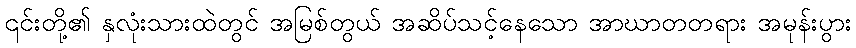
၎င်းတို့၏ နှလုံးသားထဲတွင် အမြစ်တွယ် အဆိပ်သင့်နေသော အာဃာတတရား အမုန်းပွား